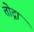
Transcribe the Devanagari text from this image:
तोद्ना